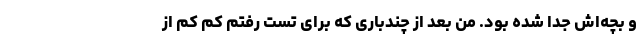
و بچه‌اش جدا شده بود. من بعد از چندباری که برای تست رفتم کم کم از